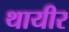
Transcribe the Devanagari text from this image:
थायीर